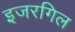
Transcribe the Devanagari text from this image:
इजरगिल